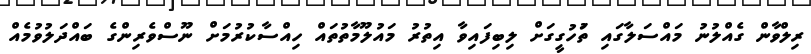
ރިލްވާން ގެއްލުނު މައްސަލާގައި ތަުހުގީގަށް ލިބިފައިވާ އިތުރު މައުލޫމާތުތައް ހިއްސާކުރުމަށް ނޫސްވެރިންގެ ބައްދަލުވުމެއް